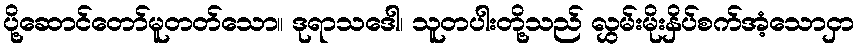
ပို့ဆောင်တော်မူတတ်သော။ ဒုရာသဒေါ၊ သူတပါးတို့သည် လွှမ်းမိုးနှိပ်စက်အံ့သောငှာ